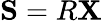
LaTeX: \mathbf{S}=R\mathbf{X}